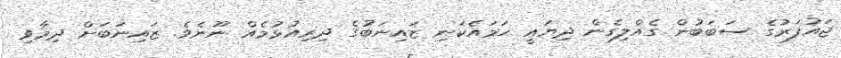
ޖައުފަރުގެ ސަބަބުން ގެއްލިގެން ދިޔައީ ހަމައެކަނި ޒައިނަބުގެ ދިރިއުޅުމެއް ނޫނެވެ. ޒައިނަބަށް ދިމާވި